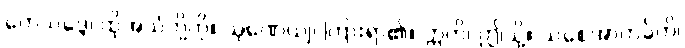
တေသဒ္ဒေ၊ ထိုအသံတို့ကို။ သုဏေယျ၊ ကြားရာ၏။ ဣတိ၊ ဤသို့။ သစေအာကင်္ခတိ၊